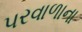
પરવાળાના